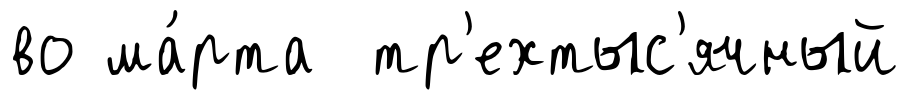
во ма́рта тр'ехтыс'ячный